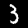
Digit: 3